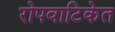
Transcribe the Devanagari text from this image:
रोपवाटिकेत